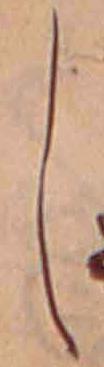
し